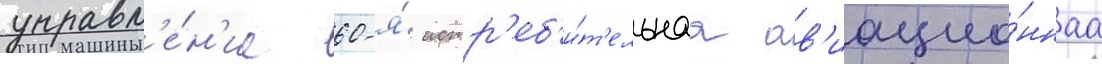
управл'е́н'ие 60-я́ истр'еб'и́т'ельнаа ав'иацио́ннаа